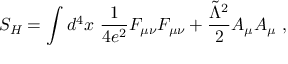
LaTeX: S _ { H } = \int d ^ { 4 } x \ { \frac { 1 } { 4 e ^ { 2 } } } F _ { \mu \nu } F _ { \mu \nu } + { \frac { \tilde { \Lambda } ^ { 2 } } { 2 } } A _ { \mu } A _ { \mu } \ ,